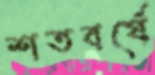
শতবর্ষে